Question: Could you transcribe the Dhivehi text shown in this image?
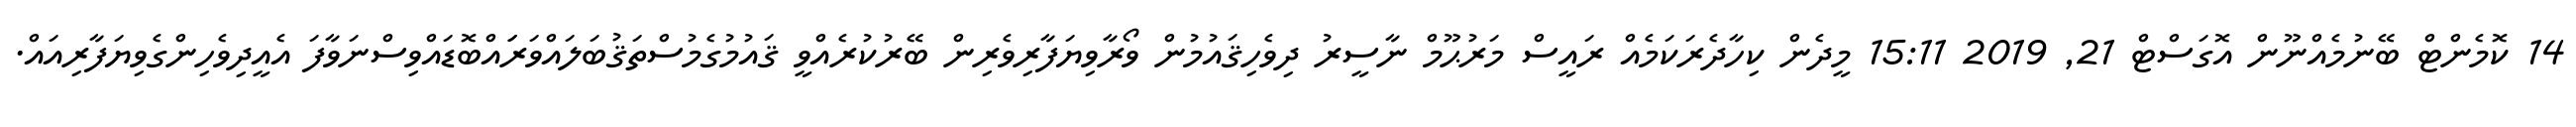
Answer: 14 ކޮމެންޓް ބޭނުމެއްނޫން އޮގަސްޓް 21, 2019 15:11 މީދެން ކިހާދެރަކަމެއް ރައީސް މަރުޙޫމް ނާސީރު ދިވެހިޤައުމުން ވޯރާވިޔަފާރިވެރިން ބޭރުކުރެއްވީ ޤައުމުގެމުސްތަޤުބަލައްވަރަައްބޮޑައްވިސްނަވާފަ އެއީދިވެހިންގެވިޔަފާރިއައް.